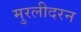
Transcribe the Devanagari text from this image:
मुरलीदरन